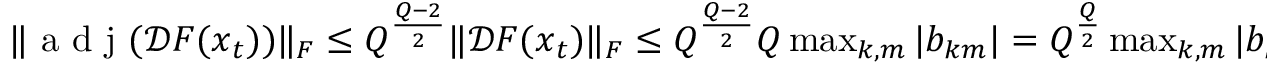
\begin{array} { r } { \| \mathrm { ~ a ~ d ~ j ~ } ( \mathcal { D } \boldsymbol { F } ( \boldsymbol { x } _ { t } ) ) \| _ { F } \le Q ^ { \frac { Q - 2 } { 2 } } \| \mathcal { D } \boldsymbol { F } ( \boldsymbol { x } _ { t } ) \| _ { F } \le Q ^ { \frac { Q - 2 } { 2 } } Q \operatorname* { m a x } _ { k , m } | b _ { k m } | = Q ^ { \frac { Q } { 2 } } \operatorname* { m a x } _ { k , m } | b _ { k m } | . } \end{array}